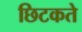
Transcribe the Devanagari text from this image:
छिटकते